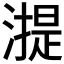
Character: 𣾸